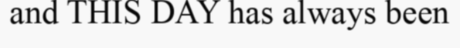
and THIS DAY has always been